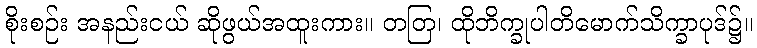
စိုးစဉ်း အနည်းငယ် ဆိုဖွယ်အထူးကား။ တတြ၊ ထိုဘိက္ခုပါတိမောက်သိက္ခာပုဒ်၌။